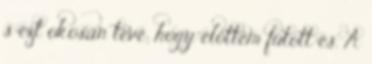
s ezt okosan tevé; hogy előttem futott és. A